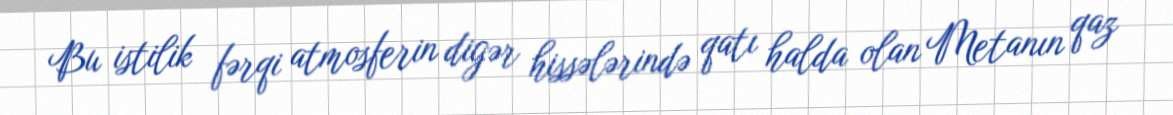
Bu istilik fərqi atmosferin digər hissələrində qatı halda olan Metanın qaz